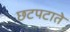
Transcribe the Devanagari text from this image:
छटपटाते